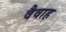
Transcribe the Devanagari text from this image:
वैवाह